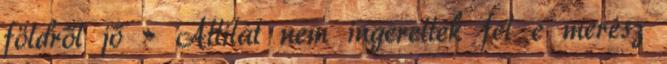
földről jő » Attilát nem ingerelték fel e merész